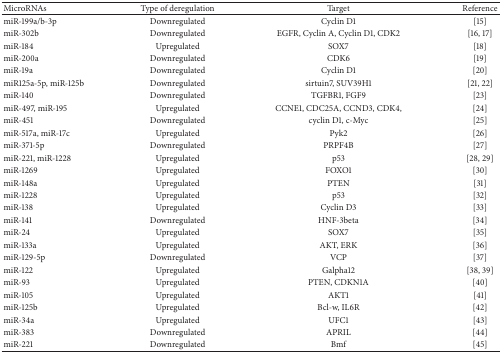
| MicroRNAs | Type of deregulation | Target | Reference |
 | --- | --- | --- | --- |
 | miR-199a/b-3p | Downregulated | Cyclin D1 | [15] |
 | miR-302b | Downregulated | EGFR, Cyclin A, Cyclin D1, CDK2 | [16, 17] |
 | miR-184 | Upregulated | SOX7 | [18] |
 | miR-200a | Downregulated | CDK6 | [19] |
 | miR-19a | Downregulated | Cyclin D1 | [20] |
 | miR125a-5p, miR-125b | Downregulated | sirtuin7, SUV39H1 | [21, 22] |
 | miR-140 | Downregulated | TGFBR1, FGF9 | [23] |
 | miR-497, miR-195 | Upregulated | CCNE1, CDC25A, CCND3, CDK4, | [24] |
 | miR-451 | Downregulated | cyclin D1, c-Myc | [25] |
 | miR-517a, miR-17c | Upregulated | Pyk2 | [26] |
 | miR-371-5p | Downregulated | PRPF4B | [27] |
 | miR-221, miR-1228 | Upregulated | p53 | [28, 29] |
 | miR-1269 | Upregulated | FOXO1 | [30] |
 | miR-148a | Upregulated | PTEN | [31] |
 | miR-1228 | Upregulated | p53 | [32] |
 | miR-138 | Upregulated | Cyclin D3 | [33] |
 | miR-141 | Downregulated | HNF-3beta | [34] |
 | miR-24 | Upregulated | SOX7 | [35] |
 | miR-133a | Upregulated | AKT, ERK | [36] |
 | miR-129-5p | Downregulated | VCP | [37] |
 | miR-122 | Upregulated | Galpha12 | [38, 39] |
 | miR-93 | Upregulated | PTEN, CDKN1A | [40] |
 | miR-105 | Upregulated | AKT1 | [41] |
 | miR-125b | Upregulated | Bcl-w, IL6R | [42] |
 | miR-34a | Upregulated | UFC1 | [43] |
 | miR-383 | Downregulated | APRIL | [44] |
 | miR-221 | Downregulated | Bmf | [45] |